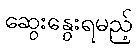
ဆွေးနွေးရမည့်